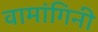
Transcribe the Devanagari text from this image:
वामांगिनी